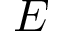
E